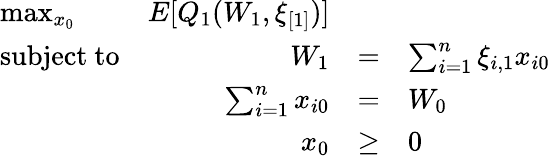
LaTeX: {\begin{array}{lrclr}{\operatorname*{max}_{x_{0}}}&{E[Q_{1}(W_{1},\xi_{[1]})]}&\\ {{\mathrm{subject~to}}}&{W_{1}}&{=}&{\sum_{i=1}^{n}\xi_{i,1}x_{i0}}\\ &{\sum_{i=1}^{n}x_{i0}}&{=}&{W_{0}}\\ &{x_{0}}&{\geq}&{0}\end{array}}